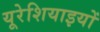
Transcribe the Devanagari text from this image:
यूरेशियाइयों